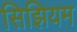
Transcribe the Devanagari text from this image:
सिझियम